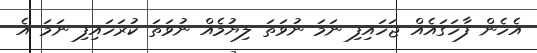
އެހެން ފާހަގައެއް ޖަހައިފި ނަމަ ނުވަތަ ލިޔުމެއް ނުވަތަ ކުރަހައިފި ނަމަ އެ